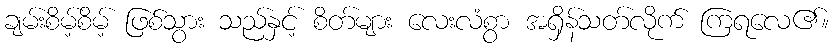
ချမ်းစိမ့်စိမ့် ဖြစ်သွား သည်နှင့် စိတ်များ လေးလံစွာ အရှိန်သတ်လိုက် ကြရလေ၏။